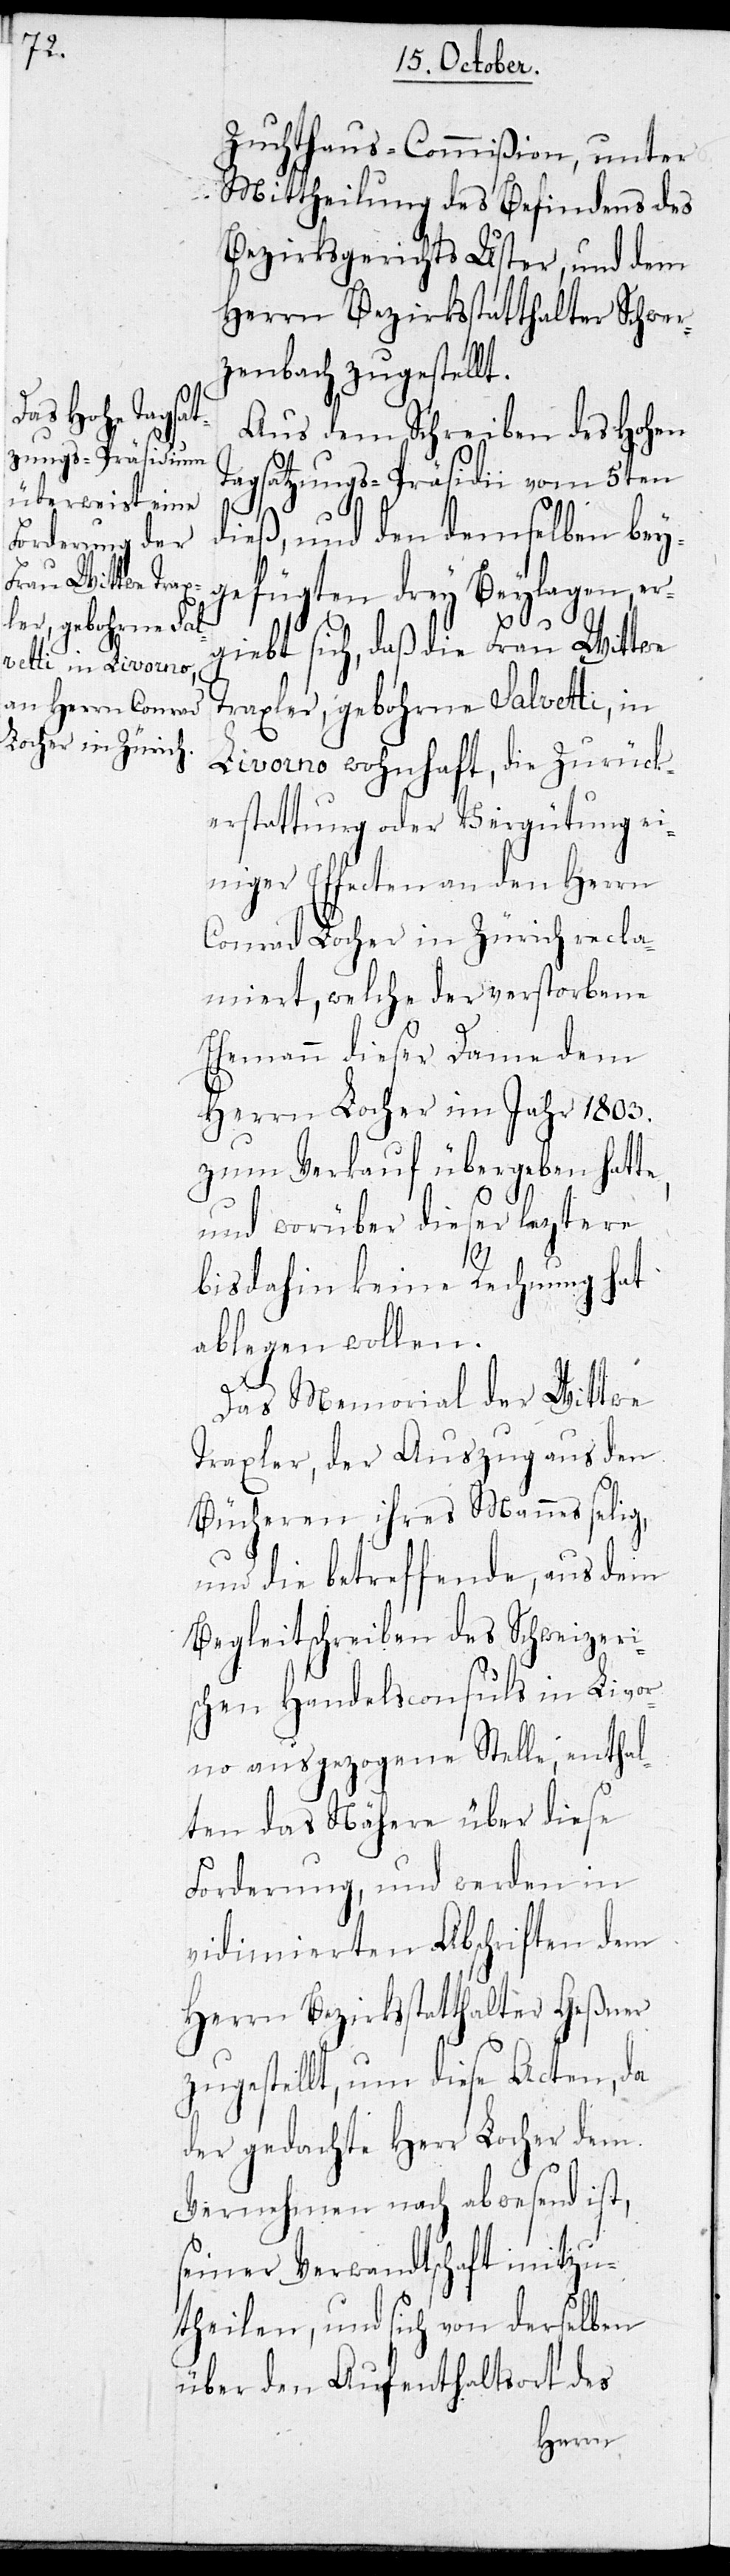
Zuchthaus-Commißion, unter
Mittheilung des Befindens des
Bezirkgerichts Uster, und dem
Herrn Bezirksstatthalter Schwer¬
zenbach zugestellt.
Aus dem Schreiben des Hohen
Tagsatzungs-Präsidii vom 5ten
dieß, und den demselben bey¬
gefügten drey Beylagen, er¬
giebt sich, daß die Frau Wittwe
Traxler, gebohrne Salvetti, in
Livorno wohnhaft, die Zurück¬
erstattung oder Vergütung ei¬
niger Effecten an den Herrn
Conrad Locher in Zürich recla¬
miert, welche der verstorbene
Ehemann dieser Dame dem
Herrn Locher im Jahr 1803.
zum Verkauf übergeben hatte
und worüber dieser leztere
bisdahin keine Rechnung hat
ablegen wollen.
Das Memorial der Wittwe
Traxler, der Auszug aus den
Bücheren ihres Mannes selig,
und die betreffende, aus dem
Begleitschreiben des schweizeri¬
schen Handelsconsuls in Livor¬
no ausgezogene Stelle, enthal¬
ten das Nähere über diese
Forderung, und werden in
vidimierten Abschriften dem
Herrn Bezirksstatthalter Geßner
zugestellt, um diese Acten, da
der gedachte Herr Locher dem
Vernehmen nach abwesend ist,
seiner Verwandtschaft mitzu¬
theilen, und sich von derselben
über den Aufenthaltsort des